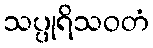
သပ္ပုရိသဝတံ